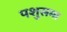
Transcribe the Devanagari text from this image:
पशुसमा